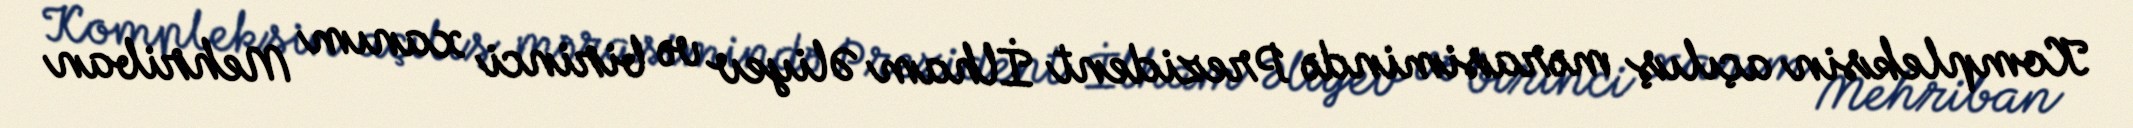
Kompleksin açılış mərasimində Prezident İlham Əliyev və birinci xanım Mehriban